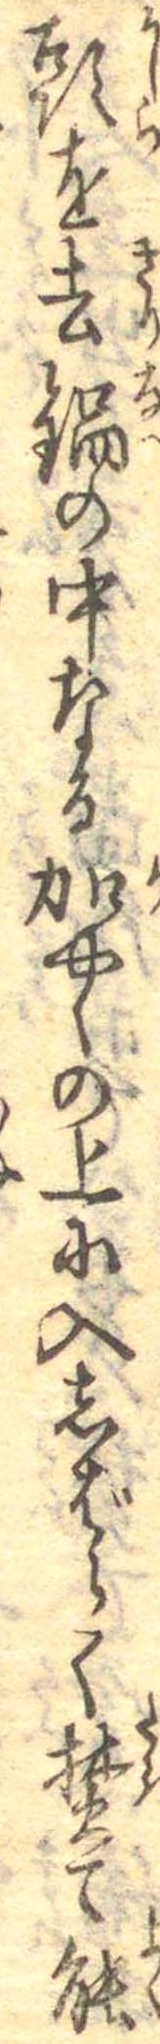
頭を去鍋の中なる加やくの上に入しばらく焚て能